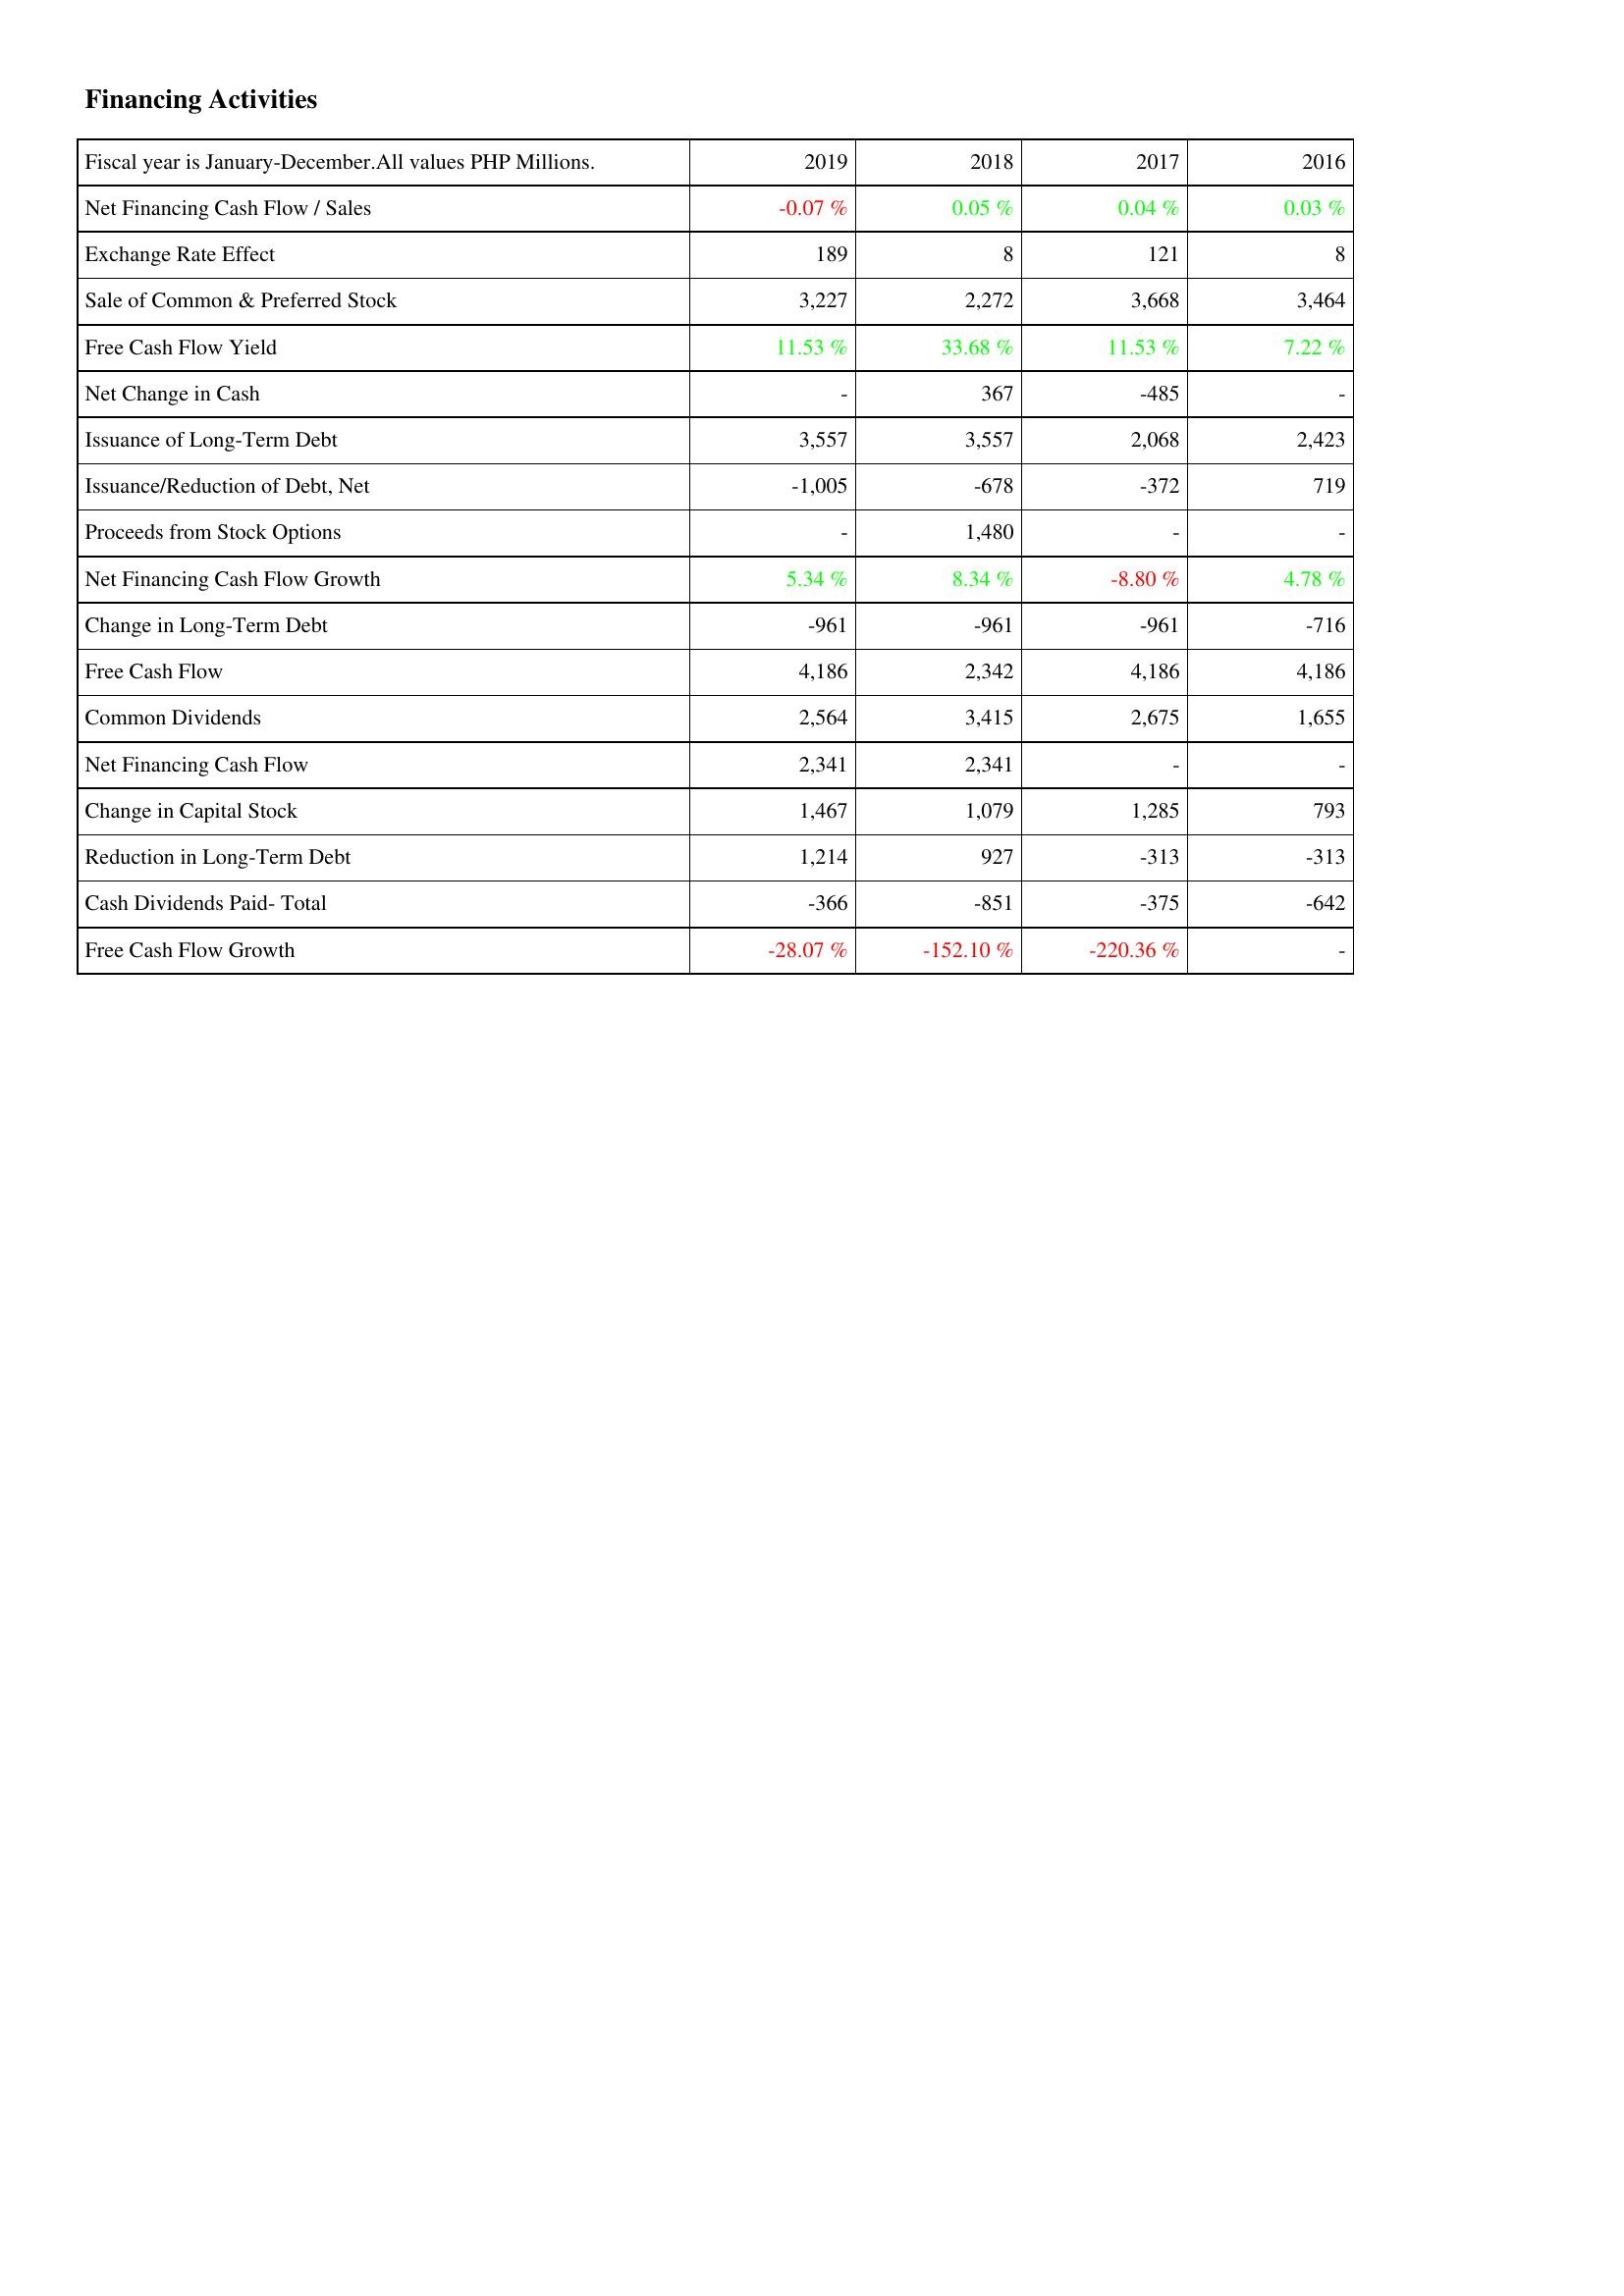
2019: Financing Activities: Net Financing Cash Flow / Sales: -0.07 %
Exchange Rate Effect: 189
Sale of Common & Preferred Stock: 3,227
Free Cash Flow Yield: 11.53 %
Net Change in Cash: -
Issuance of Long-Term Debt: 3,557
Issuance/Reduction of Debt, Net: -1,005
Proceeds from Stock Options: -
Net Financing Cash Flow Growth: 5.34 %
Change in Long-Term Debt: -961
Free Cash Flow: 4,186
Common Dividends: 2,564
Net Financing Cash Flow: 2,341
Change in Capital Stock: 1,467
Reduction in Long-Term Debt: 1,214
Cash Dividends Paid- Total: -366
Free Cash Flow Growth: -28.07 %
2018: Financing Activities: Net Financing Cash Flow / Sales: 0.05 %
Exchange Rate Effect: 8
Sale of Common & Preferred Stock: 2,272
Free Cash Flow Yield: 33.68 %
Net Change in Cash: 367
Issuance of Long-Term Debt: 3,557
Issuance/Reduction of Debt, Net: -678
Proceeds from Stock Options: 1,480
Net Financing Cash Flow Growth: 8.34 %
Change in Long-Term Debt: -961
Free Cash Flow: 2,342
Common Dividends: 3,415
Net Financing Cash Flow: 2,341
Change in Capital Stock: 1,079
Reduction in Long-Term Debt: 927
Cash Dividends Paid- Total: -851
Free Cash Flow Growth: -152.10 %
2017: Financing Activities: Net Financing Cash Flow / Sales: 0.04 %
Exchange Rate Effect: 121
Sale of Common & Preferred Stock: 3,668
Free Cash Flow Yield: 11.53 %
Net Change in Cash: -485
Issuance of Long-Term Debt: 2,068
Issuance/Reduction of Debt, Net: -372
Proceeds from Stock Options: -
Net Financing Cash Flow Growth: -8.80 %
Change in Long-Term Debt: -961
Free Cash Flow: 4,186
Common Dividends: 2,675
Net Financing Cash Flow: -
Change in Capital Stock: 1,285
Reduction in Long-Term Debt: -313
Cash Dividends Paid- Total: -375
Free Cash Flow Growth: -220.36 %
2016: Financing Activities: Net Financing Cash Flow / Sales: 0.03 %
Exchange Rate Effect: 8
Sale of Common & Preferred Stock: 3,464
Free Cash Flow Yield: 7.22 %
Net Change in Cash: -
Issuance of Long-Term Debt: 2,423
Issuance/Reduction of Debt, Net: 719
Proceeds from Stock Options: -
Net Financing Cash Flow Growth: 4.78 %
Change in Long-Term Debt: -716
Free Cash Flow: 4,186
Common Dividends: 1,655
Net Financing Cash Flow: -
Change in Capital Stock: 793
Reduction in Long-Term Debt: -313
Cash Dividends Paid- Total: -642
Free Cash Flow Growth: -